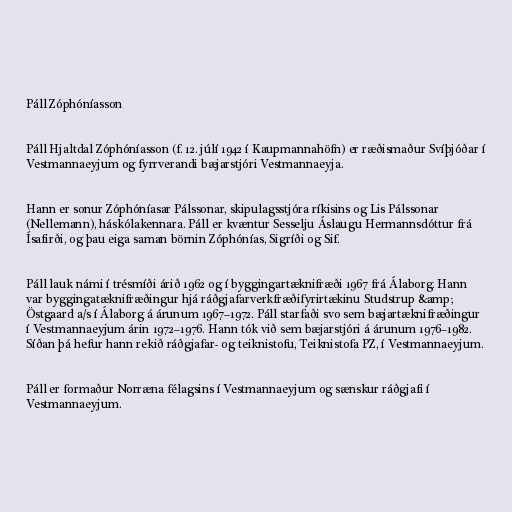
Páll Zóphóníasson

Páll Hjaltdal Zóphóníasson (f. 12. júlí 1942 í Kaupmannahöfn) er ræðismaður Svíþjóðar í
Vestmannaeyjum og fyrrverandi bæjarstjóri Vestmannaeyja.

Hann er sonur Zóphóníasar Pálssonar, skipulagsstjóra ríkisins og Lis Pálssonar
(Nellemann), háskólakennara. Páll er kvæntur Sesselju Áslaugu Hermannsdóttur frá
Ísafirði, og þau eiga saman börnin Zóphónías, Sigríði og Sif.

Páll lauk námi í trésmíði árið 1962 og í byggingartæknifræði 1967 frá Álaborg. Hann
var byggingatæknifræðingur hjá ráðgjafarverkfræðifyrirtækinu Studstrup &amp;
Östgaard a/s í Álaborg á árunum 1967–1972. Páll starfaði svo sem bæjartæknifræðingur
í Vestmannaeyjum árin 1972–1976. Hann tók við sem bæjarstjóri á árunum 1976–1982.
Síðan þá hefur hann rekið ráðgjafar- og teiknistofu, Teiknistofa PZ, í Vestmannaeyjum.

Páll er formaður Norræna félagsins í Vestmannaeyjum og sænskur ráðgjafi í
Vestmannaeyjum.